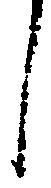
し